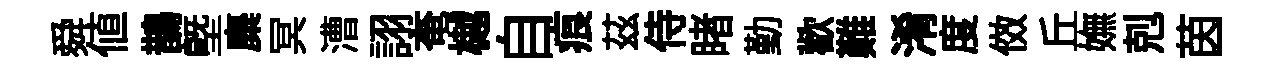
舜値鵲塈麋冥漕詡奄樾自痕茲侍睹勤歡難淆度傚丘嫵剋茵